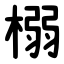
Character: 榒